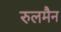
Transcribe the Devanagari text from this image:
रुलमैन